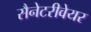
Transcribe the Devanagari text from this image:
सैनेटरीवेयर